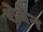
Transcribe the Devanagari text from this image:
शेवेन